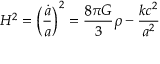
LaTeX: H ^ { 2 } = \left( { \frac { \dot { a } } { a } } \right) ^ { 2 } = { \frac { 8 \pi G } { 3 } } \rho - { \frac { k c ^ { 2 } } { a ^ { 2 } } }